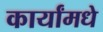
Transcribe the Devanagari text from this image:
कार्यांमधे